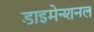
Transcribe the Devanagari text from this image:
डाइमेन्शनल